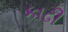
કાઢી